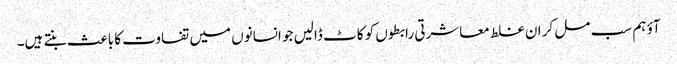
آؤ ہم سب مل کر ان غلط معاشرتی رابطوں کو کاٹ ڈالیں جو انسانوں میں تفاوت کا باعث بنتے ہیں۔